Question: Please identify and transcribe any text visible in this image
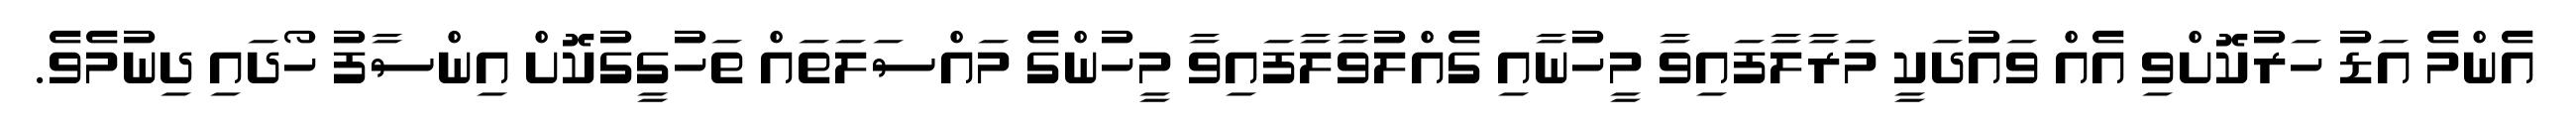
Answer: އެންމެ އަޑު ހަރުކޮށްވި އެއް ވައުދަކީ މަރާލާފައިވާ މީހުނާއި ގެއްލުވާލާފައިވާ މީހުންގެ މައްސަލަތައް ތަހުގީގުކޮށް އިންސާފު ހޯދައި ދިނުމެވެ.